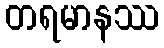
တရမာနဿ